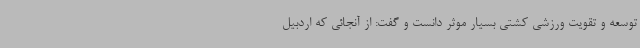
توسعه و تقویت ورزشی کشتی بسیار موثر دانست و گفت: از آنجائی که اردبیل